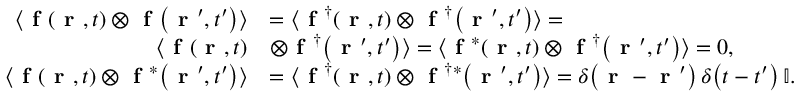
\begin{array} { r l } { \langle \textbf { f } \! \left( \textbf { r } , t \right) \otimes \textbf { f } \! \left( \textbf { r } ^ { \prime } , t ^ { \prime } \right) \rangle } & { = \langle \textbf { f } ^ { \dag } \! \left( \textbf { r } , t \right) \otimes \textbf { f } ^ { \dag } \! \left( \textbf { r } ^ { \prime } , t ^ { \prime } \right) \rangle = } \\ { \langle \textbf { f } \! \left( \textbf { r } , t \right) } & { \otimes \textbf { f } ^ { \dag } \! \left( \textbf { r } ^ { \prime } , t ^ { \prime } \right) \rangle = \langle \textbf { f } ^ { * } \! \left( \textbf { r } , t \right) \otimes \textbf { f } ^ { \dag } \! \left( \textbf { r } ^ { \prime } , t ^ { \prime } \right) \rangle = 0 , } \\ { \langle \textbf { f } \! \left( \textbf { r } , t \right) \otimes \textbf { f } ^ { * } \! \left( \textbf { r } ^ { \prime } , t ^ { \prime } \right) \rangle } & { = \langle \textbf { f } ^ { \dag } \! \left( \textbf { r } , t \right) \otimes \textbf { f } ^ { \dag * } \! \left( \textbf { r } ^ { \prime } , t ^ { \prime } \right) \rangle = \delta \! \left( \textbf { r } - \textbf { r } ^ { \prime } \right) \delta \! \left( t - t ^ { \prime } \right) \mathbb { I } . } \end{array}